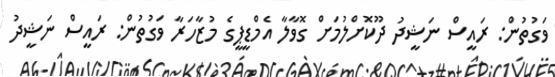
ވަގުތުން: ރައީސް ނަޝީދު ދޫކޮށްލުމަށް ގޮވާލާ އެމްޑީޕީގެ މުޒާހަރާ ވަގުތުން: ރައީސް ނަޝީދު